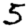
Digit: 5